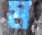
ম